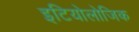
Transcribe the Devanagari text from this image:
इटियोलोजिक